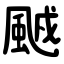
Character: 䬄